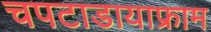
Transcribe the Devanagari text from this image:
चपटाडायाफ्राम